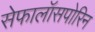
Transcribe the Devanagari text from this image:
सेफालॉसपोरिन